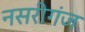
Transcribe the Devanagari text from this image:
नसरीगंज